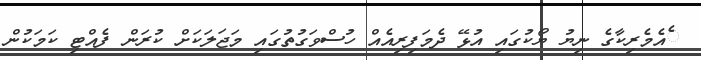
ެއެމެރިކާގެ ނިޔު ޔޯކުގައި އުޅޭ ދެމަފިރިއެއް ހުސްވަގުތުގައި މަޖަލަކަށް ކުރަން ފެއްޓި ކަމަކުން